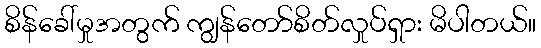
စိန်ခေါ်မှုအတွက် ကျွန်တော်စိတ်လှုပ်ရှား မိပါတယ်။